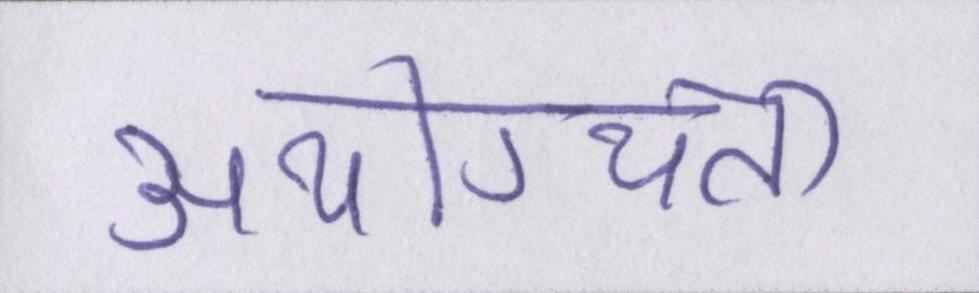
अयोग्यता